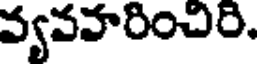
వ్యవవారించిరి.